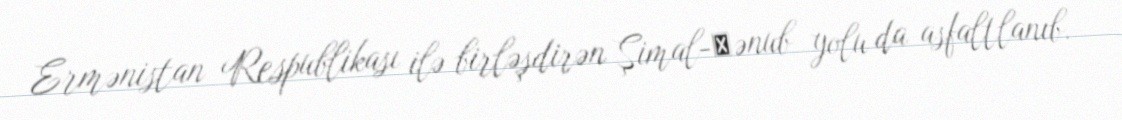
Ermənistan Respublikası ilə birləşdirən Şimal-Сənub yolu da asfaltlanıb.